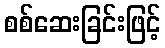
စစ်ဆေးခြင်းဖြင့်